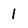
Character: 1